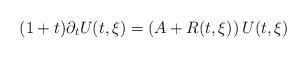
LaTeX: \begin{align*}(1+t)\partial_t U(t,\xi) = \left( A + R(t,\xi) \right) U(t,\xi)\end{align*}